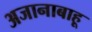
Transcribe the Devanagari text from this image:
अजानाबाहू